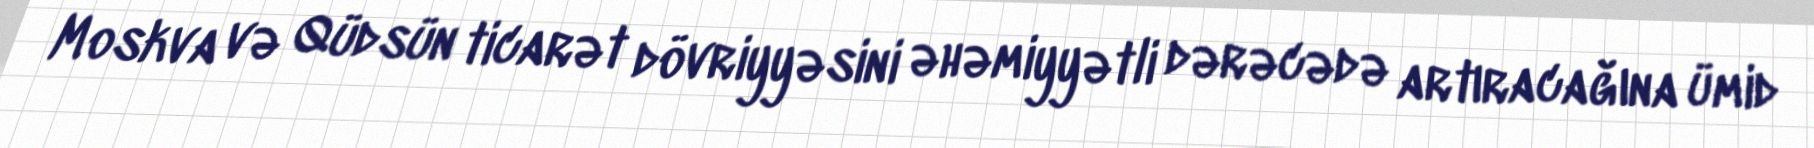
Moskva və Qüdsün ticarət dövriyyəsini əhəmiyyətli dərəcədə artıracağına ümid